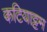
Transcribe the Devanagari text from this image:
कटियाट्टम